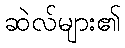
ဆဲလ်များ၏